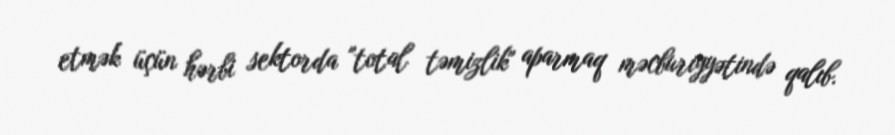
etmək üçün hərbi sektorda "total təmizlik" aparmaq məcburiyyətində qalıb.